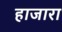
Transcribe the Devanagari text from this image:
हाजारा